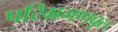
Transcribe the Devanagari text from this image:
परिभ्रमणवृत्त